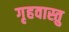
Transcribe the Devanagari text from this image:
गृहवास्तु